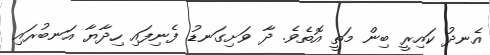
އެނދު ކައިރީ ބިން މަތީ އޮތެވެ. ދާ ވަށިގަނޑު ފެނިފައި ހިދާޔާ އަނބުރައި